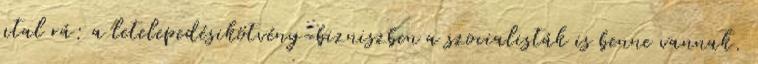
utal rá: a letelepedésikötvény-bizniszben a szocialisták is benne vannak.